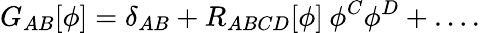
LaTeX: G_{AB}[\phi]=\delta_{AB}+R_{ABCD}[\phi]\: \phi^{C}\phi^{D}+\ldots.